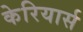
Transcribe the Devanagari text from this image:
केरियार्स